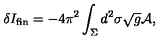
\delta I _ { \mathrm { f i n } } = - 4 \pi ^ { 2 } \int _ { \Sigma } d ^ { 2 } \sigma \sqrt { g } { \cal A } ,